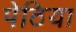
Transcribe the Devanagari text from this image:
पेठिया